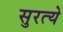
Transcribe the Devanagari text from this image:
सुरत्ये